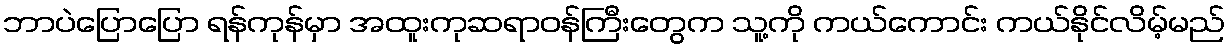
ဘာပဲပြောပြော ရန်ကုန်မှာ အထူးကုဆရာဝန်ကြီးတွေက သူ့ကို ကယ်ကောင်း ကယ်နိုင်လိမ့်မည်